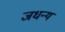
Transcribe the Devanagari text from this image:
जधन्य